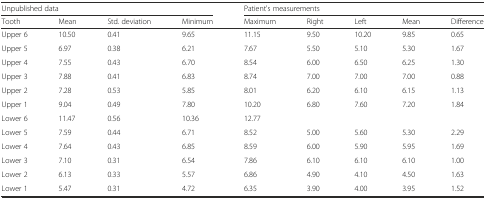
<table><thead><tr><td colspan="4"><b>Unpublished data</b></td><td colspan="5"><b>Patient&#x27;s measurements</b></td></tr><tr><td><b>Tooth</b></td><td><b>Mean</b></td><td><b>Std. deviation</b></td><td><b>Minimum</b></td><td><b>Maximum</b></td><td><b>Right</b></td><td><b>Left</b></td><td><b>Mean</b></td><td><b>Difference</b></td></tr></thead><tbody><tr><td>Upper 6</td><td>10.50</td><td>0.41</td><td>9.65</td><td>11.15</td><td>9.50</td><td>10.20</td><td>9.85</td><td>0.65</td></tr><tr><td>Upper 5</td><td>6.97</td><td>0.38</td><td>6.21</td><td>7.67</td><td>5.50</td><td>5.10</td><td>5.30</td><td>1.67</td></tr><tr><td>Upper 4</td><td>7.55</td><td>0.43</td><td>6.70</td><td>8.54</td><td>6.00</td><td>6.50</td><td>6.25</td><td>1.30</td></tr><tr><td>Upper 3</td><td>7.88</td><td>0.41</td><td>6.83</td><td>8.74</td><td>7.00</td><td>7.00</td><td>7.00</td><td>0.88</td></tr><tr><td>Upper 2</td><td>7.28</td><td>0.53</td><td>5.85</td><td>8.01</td><td>6.20</td><td>6.10</td><td>6.15</td><td>1.13</td></tr><tr><td>Upper 1</td><td>9.04</td><td>0.49</td><td>7.80</td><td>10.20</td><td>6.80</td><td>7.60</td><td>7.20</td><td>1.84</td></tr><tr><td>Lower 6</td><td>11.47</td><td>0.56</td><td>10.36</td><td>12.77</td><td></td><td></td><td></td><td></td></tr><tr><td>Lower 5</td><td>7.59</td><td>0.44</td><td>6.71</td><td>8.52</td><td>5.00</td><td>5.60</td><td>5.30</td><td>2.29</td></tr><tr><td>Lower 4</td><td>7.64</td><td>0.43</td><td>6.85</td><td>8.59</td><td>6.00</td><td>5.90</td><td>5.95</td><td>1.69</td></tr><tr><td>Lower 3</td><td>7.10</td><td>0.31</td><td>6.54</td><td>7.86</td><td>6.10</td><td>6.10</td><td>6.10</td><td>1.00</td></tr><tr><td>Lower 2</td><td>6.13</td><td>0.33</td><td>5.57</td><td>6.86</td><td>4.90</td><td>4.10</td><td>4.50</td><td>1.63</td></tr><tr><td>Lower 1</td><td>5.47</td><td>0.31</td><td>4.72</td><td>6.35</td><td>3.90</td><td>4.00</td><td>3.95</td><td>1.52</td></tr></tbody></table>